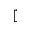
[